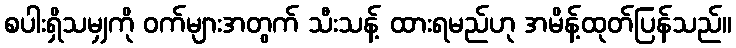
စပါးရှိသမျှကို ဝက်များအတွက် သီးသန့် ထားရမည်ဟု အမိန့်ထုတ်ပြန်သည်။